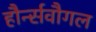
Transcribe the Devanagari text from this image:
हौर्न्सवौगल